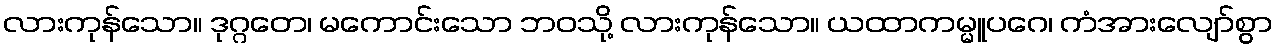
လားကုန်သော။ ဒုဂ္ဂတေ၊ မကောင်းသော ဘဝသို့ လားကုန်သော။ ယထာကမ္မူပဂေ၊ ကံအားလျော်စွာ